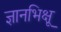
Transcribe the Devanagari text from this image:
ज्ञानभिक्षू